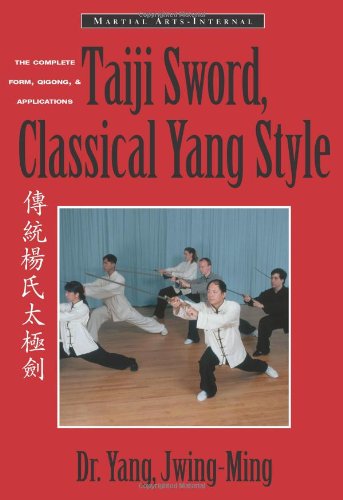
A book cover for Taiji Sword, Classical Yang Style: The Complete Form, Qigong & Applications (Martial Arts-Internal); Yang Jwing-Ming; Sports & Outdoors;